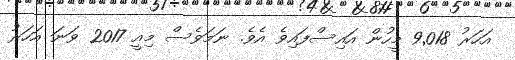
އަހަރު 9